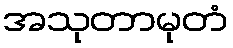
အသုတာမုတံ